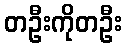
တဦးကိုတဦး